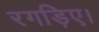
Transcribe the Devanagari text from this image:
रगड़िए।